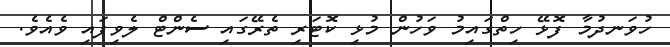
ހުވަނދުމާ ފޮޅޭ ހިތްގައިމު ވަހުން މުޅި ކޮޓަރި ތެރޭގައި ސެންޓް ލެވިފައި ވެއެވެ.